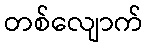
တစ်လျောက်